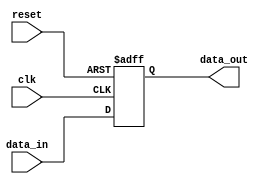
module BufferDelay (
  input wire clk,
  input wire reset,
  input wire [7:0] data_in,
  output reg [7:0] data_out
);

// Adjustable delay settings
parameter DELAY_VALUE = 10;

// Clock domain crossing support
always @(posedge clk or posedge reset) begin
  if (reset) begin
    data_out <= 8'b0;
  end else begin
    #DELAY_VALUE data_out <= data_in;
  end
end

endmodule